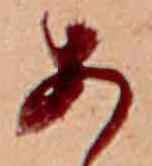
あ